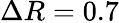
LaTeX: \Delta R=0.7